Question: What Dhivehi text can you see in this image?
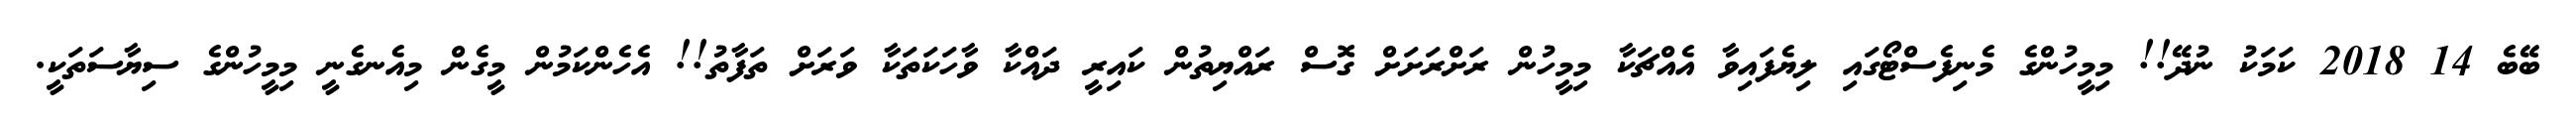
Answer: ބޭބެ 14 2018 ކަމަކު ނުދޭ!! މިމީހުންގެ މެނިފެސްޓޯގައި ލިޔެފައިވާ އެއްޗަކާ މިމީހުން ރަށްރަށަށް ގޮސް ރައްޔިތުން ކައިރީ ދައްކާ ވާހަކަތަކާ ވަރަށް ތަފާތު!! އެހެންކަމުން މީގެން މިއެނގެނީ މިމީހުންގެ ސިޔާސަތަކީ.